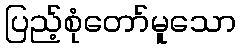
ပြည့်စုံတော်မူသော